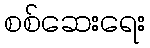
စစ်ဆေးရေး